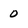
Character: 0